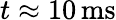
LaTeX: t\approx 10\, \mathrm{ms}